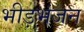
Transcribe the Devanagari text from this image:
भीड़भंजन